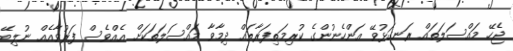
ޖެހޭ މައްސަލަތައް ރަނގަޅުވޭ އަންހެނުންގެ ކުރިމަތިފަރާތައް ދިމާވާ މައްސަލަތަކަށް އެއްވެސް ފަރުވާއެއް ނުލިބޭ